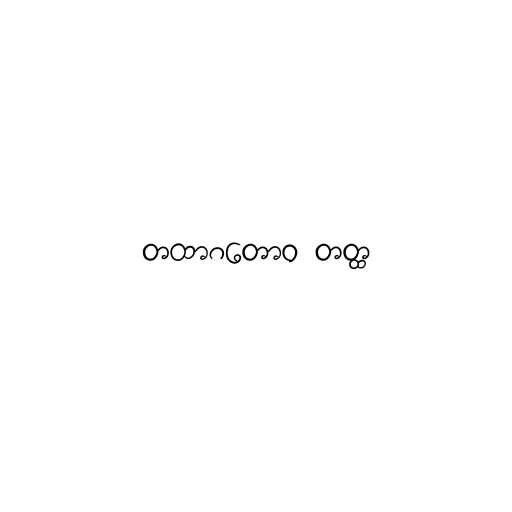
တထာဂတောဝ တတ္ထ